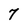
Character: 7